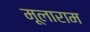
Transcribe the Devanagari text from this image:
मूलाराम